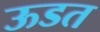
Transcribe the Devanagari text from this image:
ऊडत